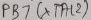
Text: PB7(XTAL2)